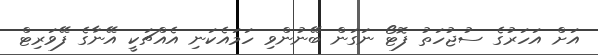
އަށް އަހަރުގެ ސުޖުހަތު ފޮޓޯ ނަގަން ބޭނުންވި ހަމައެކަނި އެއްޗަކީ އޭނާގެ ފޭވަރިޓް